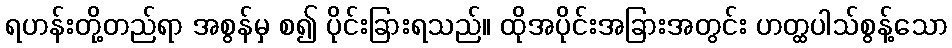
ရဟန်းတို့တည်ရာ အစွန်မှ စ၍ ပိုင်းခြားရသည်။ ထိုအပိုင်းအခြားအတွင်း ဟတ္ထပါသ်စွန့်သော